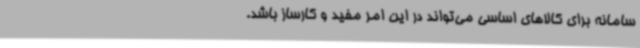
سامانه برای کالاهای اساسی می‌تواند در این امر مفید و کارساز باشد.